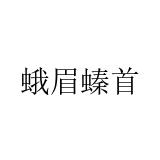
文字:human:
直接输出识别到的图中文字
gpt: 蛾眉螓首